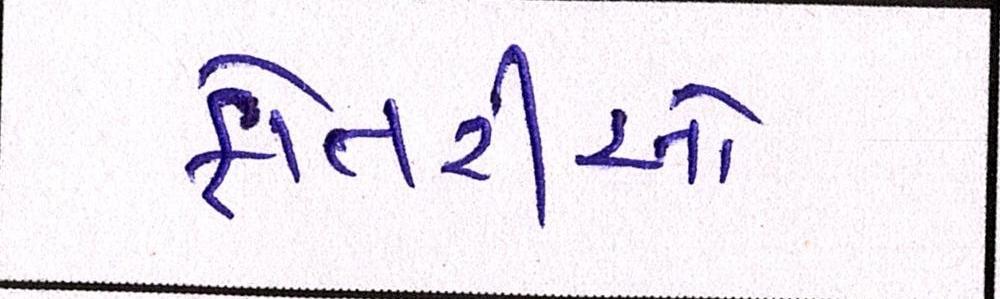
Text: ફોતરીઓ